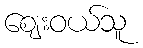
ဈေးဝယ်သူ